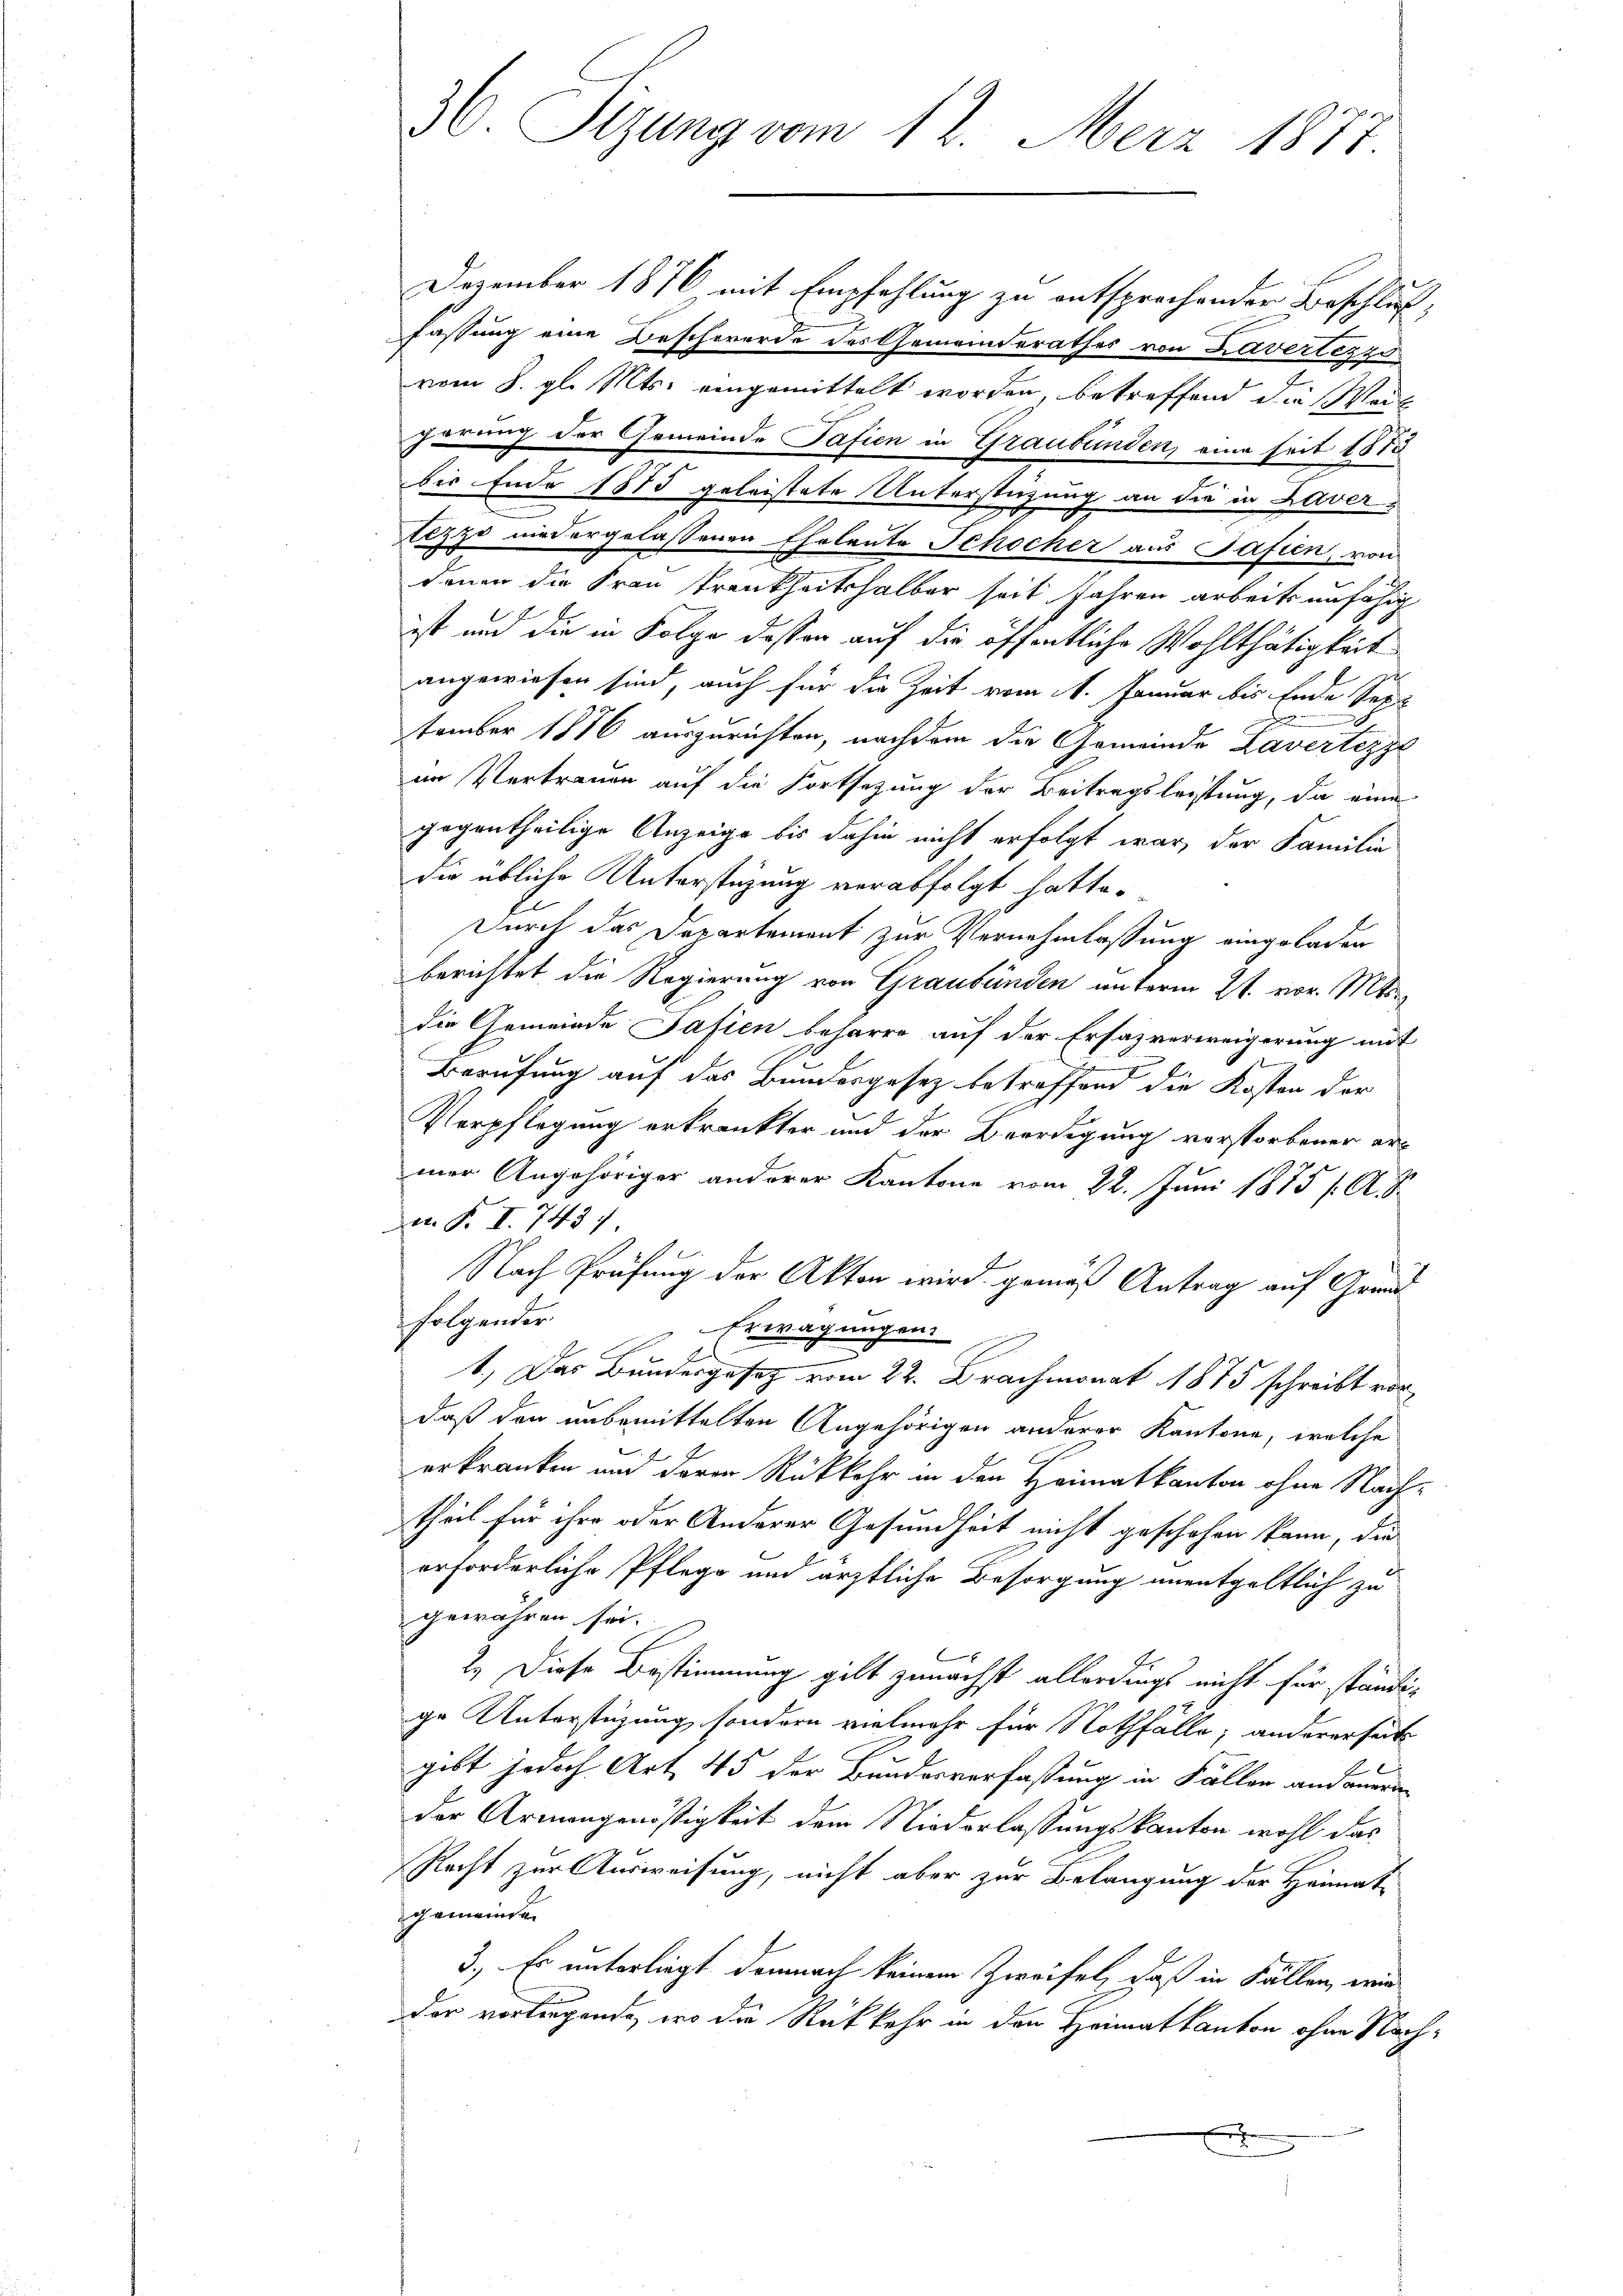
30. Sizung vom 12. Merz 1877.

Dezember 1876 mit Empfehlung zu entsprochender Beschluß,
fassung eine Beschwerde des Gemeinderathes von Kavertezzo
x
vom 8. gl. Mts. eingemittelt worden, betreffend die Weite
görung der Gemeinde Pasien in Graubünden, eine seit 1810
bis Ende 1875 geleistete Unterstüzung an die in Kavertezzo niedergelassenen Eheleute Schocher aus Safien, von
denen die Frau Frankheitshalber seit Jahren arbeits unfähig
ist und die in Folge desser auf die öffentliche Wohlthätigkeit
angewiesen sind, auch für die Zeit vom 1. Januar bis Ende See¬
2
tember 1876 auszurichten, nachdem die Gemeinde Lavertezze
im Vertrauen auf die Fortsetzung der Beitragsleistung, da eine
gegentheilige Anzeige bis dahin nicht erfolgt war, der Familie
die übliche Unterstüzung verabfolgt hatte.
Durch das Departement zur Vernehmlassung eingeladen
berichtet die Regierung von Graubünden unterm 21. vor. Mts.
die Gemeinde Safien beharre auf der Ersazverweigerung mit
Berufung auf das Bundesgesez betreffend die Kosten der
Verpflegung erkränkter und der Beerdigung verstorbener ermer Angehöriger anderer Kantone vom 22. Juni 1875 / A. S.
e P. I. 743 :/
Nach Prüfung der Akten wird gemäß Antrag auf Grundfolgender
Erwägungen.
1.) Das Bundesgesetz vom 22. Brachmonat 1875 schreibt vordaß den unbemittelten Angehörigen anderer Kantone, welche
J
erkranken und deren Rückkehr in den Heimatkanton ohne Nachtheil für ihre oder Anderer Gesundheit nicht geschehen kann, die
erforderliche Pflege und ärztliche Besorgung unentgeltlich zu
gewähren sei.
2.) Diese Bestimmung gilt zunächst allerdings nicht für ständige Unterstüzung, sondern vielmehr für Nothfälle; andererseits
gibt jedoch Art. 45 der Bundesverfassung in Fällen andauern
der Armangenössigkeit dem Niederlassungskanton wohl das
Recht zur Ausweisung, nicht aber zur Belangung der Heimat-
gemeinden
3.) Es unterliegt demnach keinem Zweifel, daß in Fällen, wird
der vorliegende, wo die Rückkehr in den Heimatkanton ohne Nach¬